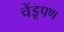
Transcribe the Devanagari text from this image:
चेंडूपण